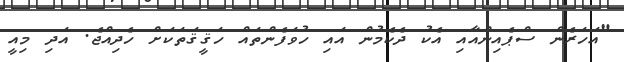
"އަހަރެން ސްޕެއިންއާއި އެކު ދެކެމުން އައި ހުވަފެންތައް ހަޤީޤަތަކަށް ހެދިއްޖެ. އަދި މިއީ